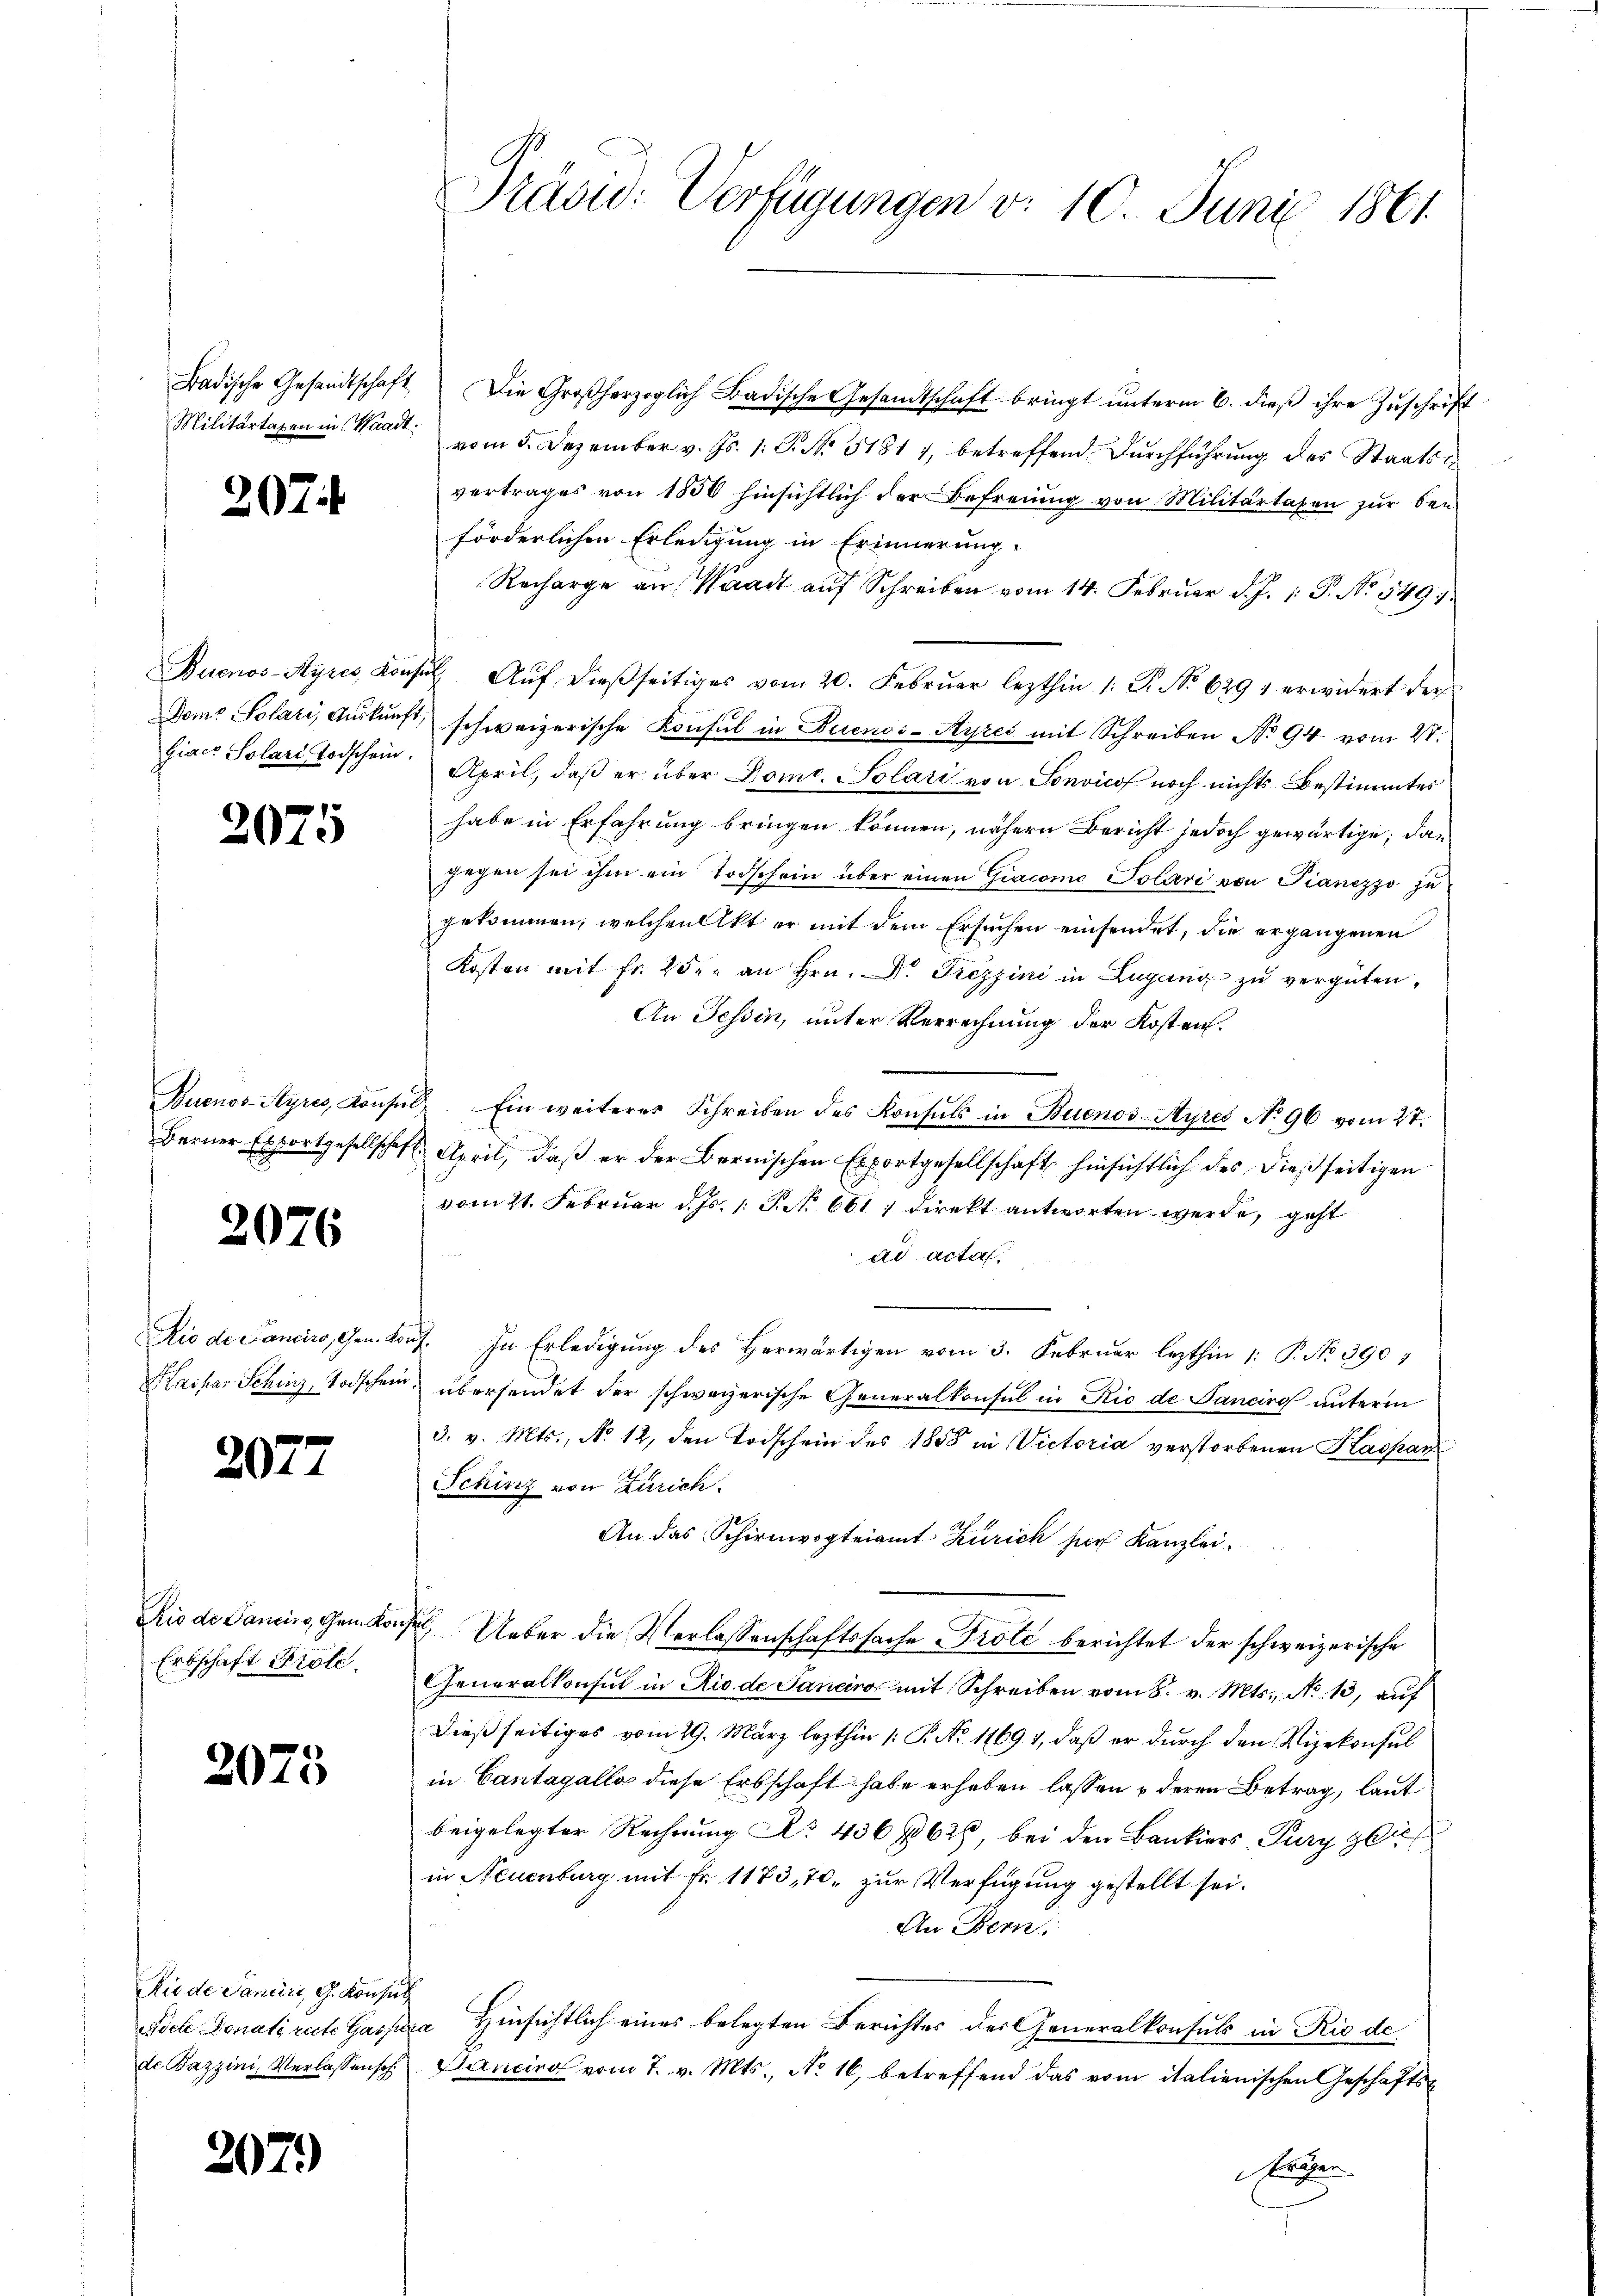
Badische Gesandtschaft

207

Giacr Solari Todschein.

2075

2026

Rio di Pancirs, Gen. Ko
Kaspar Schinz, Todschein

207.

Rio die Sancins, Gen. Kon¬
Erbschaft Prote.

2075

Riede Saniri, G. Konse
Aoche Donati recte Gasse
de Bazzini, Verlassensch

2079)

Präsid. Verfügungen v. 10. Juni 1861

Die Großherzoglich Badische Gesandtschaft bringt unterm 6. dieß ihre Zuschrift
Militärtaxen in Waadt, vom 5. Dezember v. Js. 1. P. No. 51817, betreffend durchführung des Staatsvertrages von 1856 hinsichtlich der Befreiung von Militärtaxen zur den
förderlichen Erledigung in Erinnerung.
Recharge an Waadt auf Schreiben vom 14. Februar d. J. 1: P. No. 549.
Buenos-Ayres Konsŭl. Aŭf dieβseitiges vom 20. Febrŭar lezthin 1. P. No 629 1 erwidert der
Dome Solari, Aŭskŭnft, schweizerische Konsul in Buenos-Ayres mit Schreiben No 94. vom 27.
April, daß er über Pomt. Solari von Sonvicof noch nichts Bestimmtes
habe in Erfahrung bringen können, nähern Bericht jedoch gewärtige, dan
gegen sei ihm ein Todschein über einen Giacomo Polari von Pianezzo zu
gekommen, welchen Akt er mit dem Ersuchen einsendet, die ergangenen
Kosten mit fr. 2 der an Hrn. Dr. Diezzini in Lugang zu vergüten,
An Tessin, unter Verrechnung der Kosten.
Buenos-Ayres, Konsŭl Ein weiteres Schreiben des Konsuls in Buenos-Ayres No 96 vom 27.
Berner Exportgesellschaft. April, daβ er der Bernischen Exportgesellschaft hinsichtlich des dießseitigen
vom 21. Februar d. Js. 1. S. 661, direkt antworten werde, geht
ad acta.
I. In Erledigung des Herwärtigen vom 3. Februar lezthin 1: P. No 3904
übersendet der schweizerische Generalkonsul in Nic de Janeiro unterm
3. v. Mts., No 12, den Todschein des 1858 in Victoria verstorbenen Kaspar
Schinz von Zürich
An das Schirmogteiamt Zürich hier Kanzlei.
 Ueber die Verlassenschaftssache Prote berichtet der schweizerische
Generalkonsul in Rio de Janeiro mit Schreiben vom 8. v. Mts., No 13, auf
dießseitiges vom 29. März lezthin 1: P. No 11691, daß er durch den Vizekonsul
in Cantagallo diese Erbschaft habe erheben lassen u deren Betrag, laut
beigelegter Rechnung No 436 625, bei den Bankiers, Pury zu
in Neuenburg mit Fr. 1173,70, zur Verfügung gestellt sei.
An Bern,
Hinsichtlich eines belegten Berichtes der Generalkonsuls in Rio de
ist
Ganciro vom 7. v. Mts., No 16, betreffend das vom italienischen Geschäfts¬
Ereigen